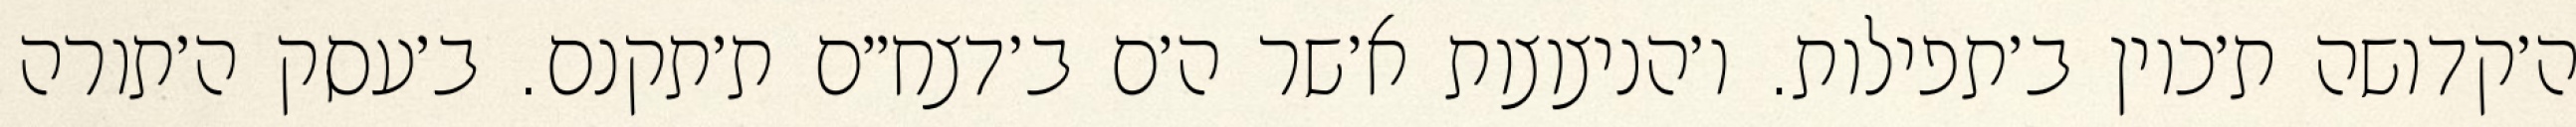
ה׳קדושה ת׳כוין ב׳תפילות. ו׳הניצוצות א׳שר ה׳ם ב׳דצח״ם ת׳תקנם. ב׳עסק ה׳תורה